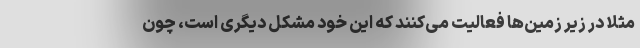
مثلا در زیر زمین‌ها فعالیت می‌کنند که این خود مشکل دیگری است، چون